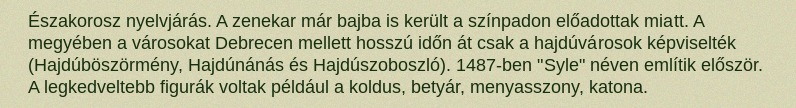
Északorosz nyelvjárás. A zenekar már bajba is került a színpadon előadottak miatt. A megyében a városokat Debrecen mellett hosszú időn át csak a hajdúvárosok képviselték (Hajdúböszörmény, Hajdúnánás és Hajdúszoboszló). 1487-ben "Syle" néven említik először. A legkedveltebb figurák voltak például a koldus, betyár, menyasszony, katona.